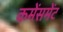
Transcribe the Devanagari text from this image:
कमेंसमेंट